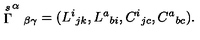
\stackrel { s } { \Gamma } ^ { \alpha } { } _ { \beta \gamma } = ( L ^ { i } { } _ { j k } , L ^ { a } { } _ { b i } , C ^ { i } { } _ { j c } , C ^ { a } { } _ { b c } ) .